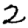
Digit: 2